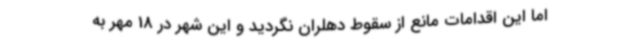
اما این اقدامات مانع از سقوط دهلران نگردید و این شهر در 18 مهر به